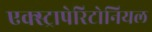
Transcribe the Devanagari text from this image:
एक्स्ट्रापेरिटोनियल